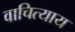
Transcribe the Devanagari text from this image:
वाचित्याय